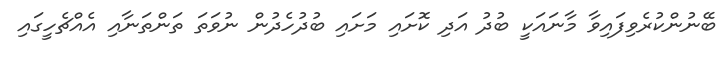
ބޭނުންކުރެވިފައިވާ މާނައަކީ ބުދު އަދި ކޮށައި މަށައި ބުދުހެދުން ނުވަތަ ތަންތަނާއި އެއްޗެހީގައި